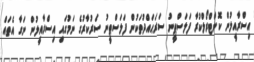
އިސްރާއީލުން ކޮންޓްރޯލްކުރާ ފަލަސްޠީނު ސަރަޙައްދުތަކުން ފަލަސްޠީނު ސަރުކާރުގެ ނަމުގައި އިސްރާއީލުން ނަގާ އެތައް